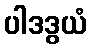
ပါဒဒွယံ